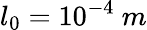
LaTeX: l_{0}=10^{-4}~m